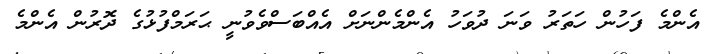
އެންމެ ފަހުން ހަތަރު ވަނަ ދުވަހު އެންމެންނަށް އެއްބަސްވެވުނީ ޙަރަމްފުޅުގެ ދޮރުން އެންމެ